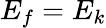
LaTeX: E_{f}=E_{k}